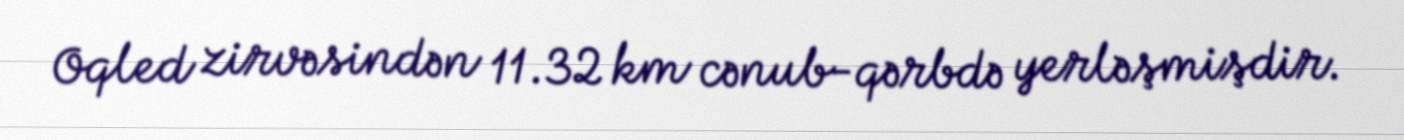
Oqled zirvəsindən 11.32 km cənub-qərbdə yerləşmişdir.